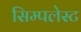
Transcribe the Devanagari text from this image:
सिम्पलेस्ट